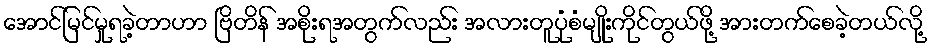
အောင်မြင်မှုရခဲ့တာဟာ ဗြိတိန် အစိုးရအတွက်လည်း အလားတူပုံစံမျိုးကိုင်တွယ်ဖို့ အားတက်စေခဲ့တယ်လို့